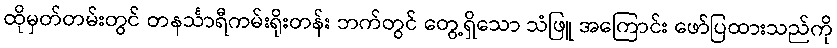
ထိုမှတ်တမ်းတွင် တနင်္သာရီကမ်းရိုးတန်း ဘက်တွင် တွေ့ရှိသော သံဖြူ အကြောင်း ဖော်ပြထားသည်ကို